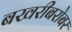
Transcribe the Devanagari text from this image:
बखरीबरोबर